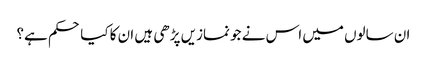
ان سالوں میں اس نے جو نمازیں پڑھی ہیں ان کا کیا حکم ہے؟